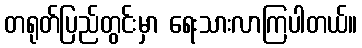
တရုတ်ပြည်တွင်းမှာ ရေးသားလာကြပါတယ်။